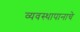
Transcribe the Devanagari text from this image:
व्यवस्थापानाचे